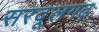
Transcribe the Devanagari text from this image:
सरदूलगढ़